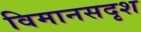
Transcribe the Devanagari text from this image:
विमानसदृश